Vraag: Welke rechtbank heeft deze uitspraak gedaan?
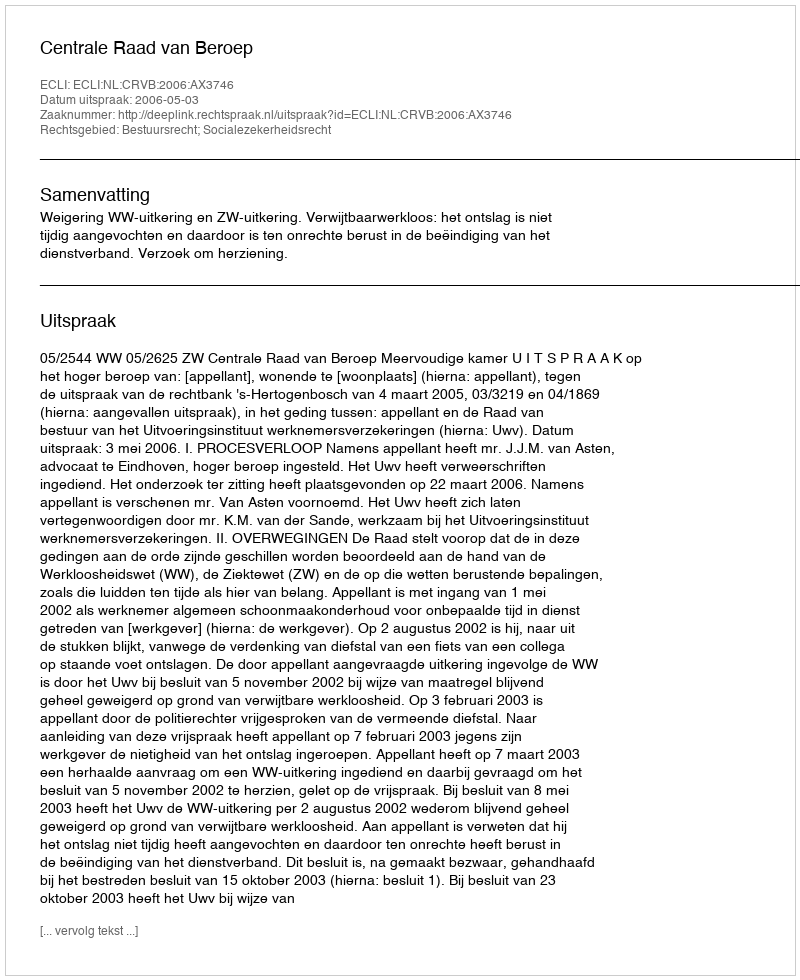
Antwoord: Centrale Raad van Beroep